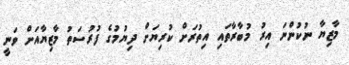
މާޒިޔާ ނުކުންނަ އިރު މުބާރާތައި އިތުރަށް ކުރިޔަށް ދިޔުމުގެ ފުރުސަތު މާޒިޔާއަށް ވަނީ